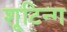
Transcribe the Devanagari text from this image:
शूटिन्ग